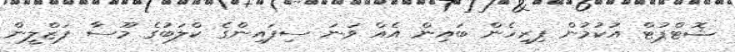
ޝޮޓްޕުޓް އުކުމުން ފިރިހެން ބައިން އެއް ވަނަ ސިފައިންގެ ކްލަބުގެ މޫސާ ފަޒްލީން